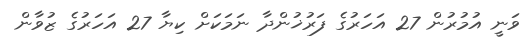
ވަނީ އުމުރުން 27 އަހަރުގެ ފަރުޚުންދާ ނަމަކަށް ކިޔާ 27 އަހަރުގެ ޒުވާން